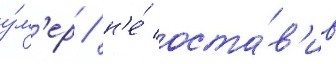
у́м'ер / н'е́ оста́в'ив